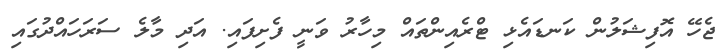
ޖެހޭ އޮފިޝަލުން ކަނޑައެޅި ޓްރެއިންތައް މިހާރު ވަނީ ފެށިފައި. އަދި މާލެ ސަރަހައްދުގައި